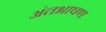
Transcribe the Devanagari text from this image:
अंतभाषण